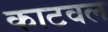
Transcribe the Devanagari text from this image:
काटवल